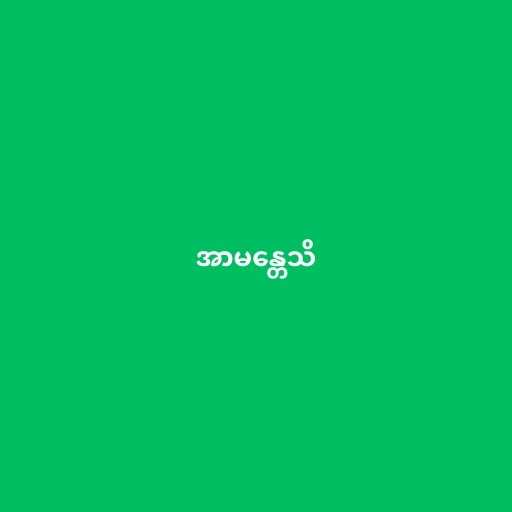
အာမန္တေသိ